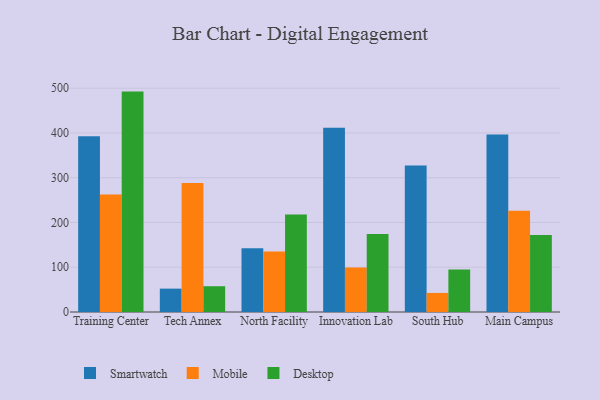
{"axis": {"x": "Campus", "y": "Headcount"}, "legend": ["Desktop", "Mobile", "Smartwatch"], "data": [{"x": "Training Center", "y": 392.5, "type": "Smartwatch"}, {"x": "Training Center", "y": 262.4, "type": "Mobile"}, {"x": "Training Center", "y": 492.4, "type": "Desktop"}, {"x": "Tech Annex", "y": 52.2, "type": "Smartwatch"}, {"x": "Tech Annex", "y": 288.4, "type": "Mobile"}, {"x": "Tech Annex", "y": 57.6, "type": "Desktop"}, {"x": "North Facility", "y": 142.6, "type": "Smartwatch"}, {"x": "North Facility", "y": 134.9, "type": "Mobile"}, {"x": "North Facility", "y": 217.6, "type": "Desktop"}, {"x": "Innovation Lab", "y": 411.7, "type": "Smartwatch"}, {"x": "Innovation Lab", "y": 99.4, "type": "Mobile"}, {"x": "Innovation Lab", "y": 174.3, "type": "Desktop"}, {"x": "South Hub", "y": 327.4, "type": "Smartwatch"}, {"x": "South Hub", "y": 42.6, "type": "Mobile"}, {"x": "South Hub", "y": 95.0, "type": "Desktop"}, {"x": "Main Campus", "y": 396.8, "type": "Smartwatch"}, {"x": "Main Campus", "y": 226.1, "type": "Mobile"}, {"x": "Main Campus", "y": 172.1, "type": "Desktop"}]}